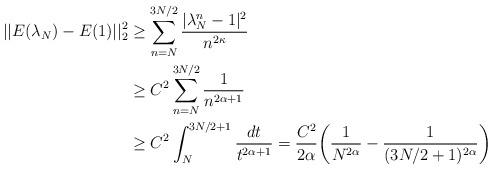
LaTeX: \begin{align*}\vert\vert E(\lambda_N)-E(1)\vert\vert^2_2 &\ge \sum_{n=N}^{3N/2}\frac{\vert \lambda_N^n -1\vert^2}{n^{2\kappa}}\\&\ge C^2\sum_{n=N}^{3N/2}\frac{1}{n^{2\alpha+1}}\\&\ge C^2\int_{N}^{3N/2+1}\frac{dt}{t^{2\alpha+1}}=\frac{C^2}{2\alpha}\bigg(\frac{1}{N^{2\alpha}}-\frac{1}{(3N/2+1)^{2\alpha}}\bigg)\end{align*}